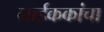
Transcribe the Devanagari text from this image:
नाईककांचा